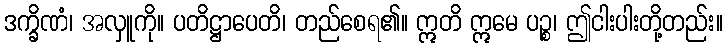
ဒက္ခိဏံ၊ အလှူကို။ ပတိဋ္ဌာပေတိ၊ တည်စေရ၏။ ဣတိ ဣမေ ပဉ္စ၊ ဤငါးပါးတို့တည်း။